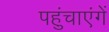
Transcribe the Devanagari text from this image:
पहुंचाएंगें